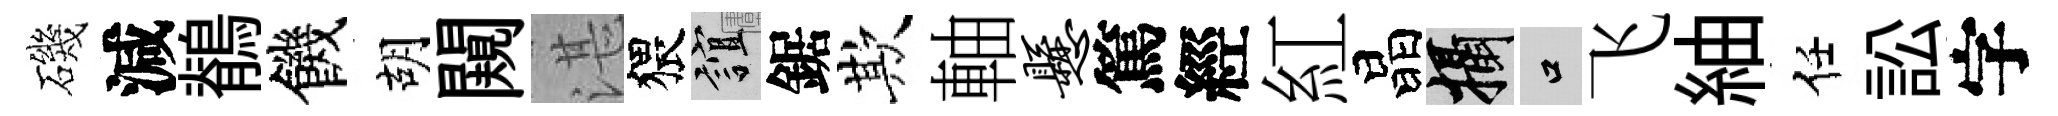
磯減鶺饑胡闚湛猥誼鋸欺軸悬篤經紅晶攝口飞紬任訟字